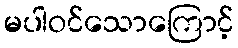
မပါဝင်သောကြောင့်